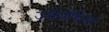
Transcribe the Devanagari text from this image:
ज्कोबियं